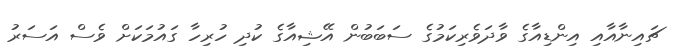
ޗައިނާއާއި އިންޑިއާގެ ވާދަވެރިކަމުގެ ސަބަބުން އޭޝިއާގެ ކުދި ހުރިހާ ގައުމަކަށް ވެސް އަސަރު